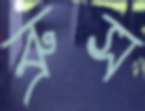
ব্রুস